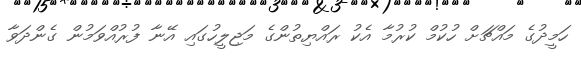
ހަމީދުގެ މައްޗަށް ހުކުމް ކުރުމާ އެކު ރައްޔިތުންގެ މަޖިލީހުގައި އޭނާ ފުރުއްވަމުން ގެންދަވާ